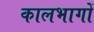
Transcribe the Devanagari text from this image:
कालभागों